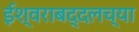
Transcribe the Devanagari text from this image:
ईश्वराबद्दलच्या